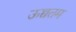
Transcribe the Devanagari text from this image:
ऊच्चतम